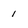
Character: 1